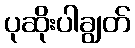
ပုဆိုးပါချွတ်